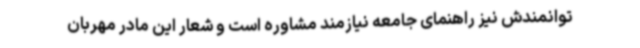
توانمندش نیز راهنمای جامعه نیازمند مشاوره است و شعار این مادر مهربان